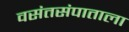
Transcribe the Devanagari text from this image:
वसंतसंपाताला